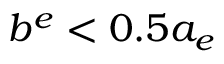
b ^ { e } < 0 . 5 a _ { e }